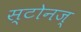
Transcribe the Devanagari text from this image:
स्टोनज्